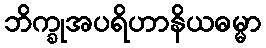
ဘိက္ခုအပရိဟာနိယဓမ္မာ